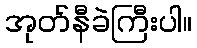
အုတ်နီခဲကြီးပါ။